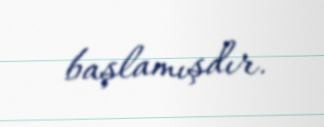
başlamışdır.